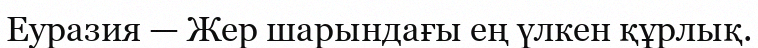
Еуразия — Жер шарындағы ең үлкен құрлық.